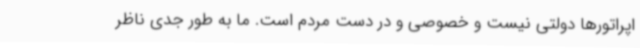
اپراتورها دولتی نیست و خصوصی و در دست مردم است. ما به طور جدی ناظر